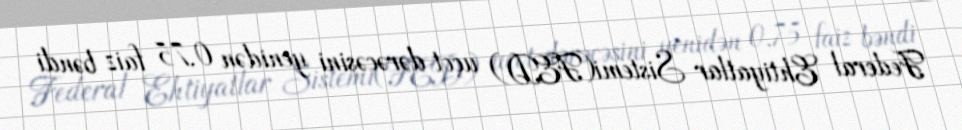
Federal Ehtiyatlar Sistemi(FED) uçot dərəcəsini yenidən 0,75 faiz bəndi